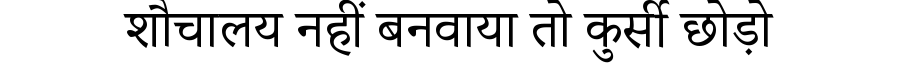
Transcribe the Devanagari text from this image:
शौचालय नहीं बनवाया तो कुर्सी छोड़ो